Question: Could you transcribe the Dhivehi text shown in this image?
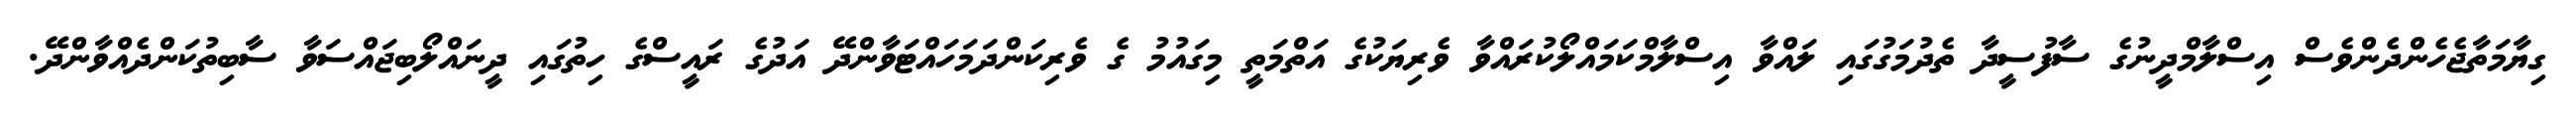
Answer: ގިޔާމަތާޖެހެންދެންވެސް އިސްލާމްދީނުގެ ސާފުސީދާ ތެދުމަގުގައި ލައްވާ އިސްލާމްކަމައްލޯކުރައްވާ ވެރިޔަކުގެ އަތްމަތީ މިގައުމު ގެ ވެރިކަންދަމަހައްޓަވާންދޭ އަދުގެ ރައީސްގެ ހިތުގައި ދީނައްލޯބިޖައްސަވާ ސާބިތުކަންދެއްވާންދޭ.